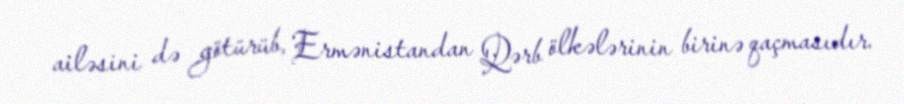
ailəsini də götürüb, Ermənistandan Qərb ölkələrinin birinə qaçmasıdır.